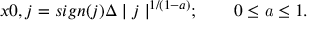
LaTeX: x 0 , j = s i g n ( j ) \Delta \mid j \mid ^ { 1 / ( 1 - a ) } ; \qquad 0 \leq { \mathit { a } } \leq 1 .